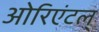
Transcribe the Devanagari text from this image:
ओरिएंटल्